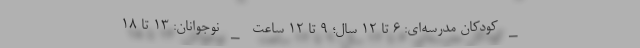
_ کودکان مدرسه‌ای: ۶ تا ۱۲ سال؛ ۹ تا ۱۲ ساعت _ نوجوانان: ۱۳ تا ۱۸